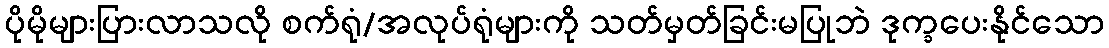
ပိုမိုများပြားလာသလို စက်ရုံ/အလုပ်ရုံများကို သတ်မှတ်ခြင်းမပြုဘဲ ဒုက္ခပေးနိုင်သော